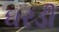
ઘરડી